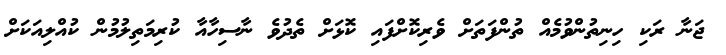
ޖަނާ ރަކި ހިނިތުންވުމެއް ތުންފަތަށް ވެރިކޮށްފައި ކޮޅަށް ތެދުވެ ނާސިހާއާ ކުރިމަތިލުމުން ކުއްލިއަކަށް